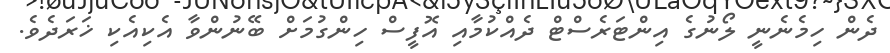
ދެން ހިމެނެނީ ލޯނުގެ އިންޓަރެސްޓް ދެއްކުމާއި އޮފީސް ހިންގުމަށް ބޭނުންވާ އެކިއެކި ޚަރަދެވެ.